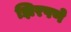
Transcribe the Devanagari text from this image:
झिरपणे